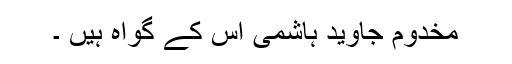
مخدوم جاوید ہاشمی اس کے گواہ ہیں ۔